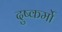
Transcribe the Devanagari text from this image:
दुष्कर्मो